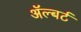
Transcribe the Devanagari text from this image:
ॲल्बर्ट